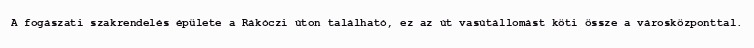
A fogászati szakrendelés épülete a Rákóczi úton található, ez az út vasútállomást köti össze a városközponttal.